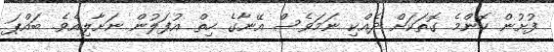
ފުށުން ކޮންމެ ގޮތަކަށް ދެއްކި ނަމަވެސް އޭނާގެ ހިތް އުފަލުން ނަށާލިއެވެ. ބައްޕަ